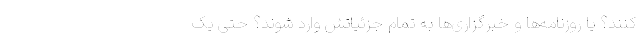
کنند؟ یا روزنامه‌ها و خبرگزاری‌ها به تمام جزئیاتش وارد شوند؟ حتی یک